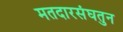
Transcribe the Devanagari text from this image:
मतदारसंघतुन